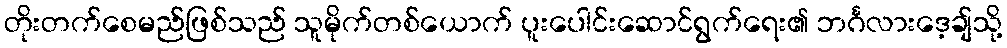
တိုးတက်စေမည်ဖြစ်သည် သူမိုက်တစ်ယောက် ပူးပေါင်းဆောင်ရွက်ရေး၏ ဘင်္ဂလားဒေ့ချ်သို့